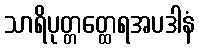
သာရိပုတ္တတ္ထေရအပဒါနံ